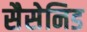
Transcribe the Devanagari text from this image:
सैसेनिड